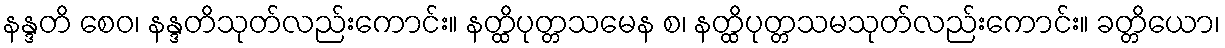
နန္ဒတိ စေဝ၊ နန္ဒတိသုတ်လည်းကောင်း။ နတ္ထိပုတ္တသမေန စ၊ နတ္ထိပုတ္တသမသုတ်လည်းကောင်း။ ခတ္တိယော၊